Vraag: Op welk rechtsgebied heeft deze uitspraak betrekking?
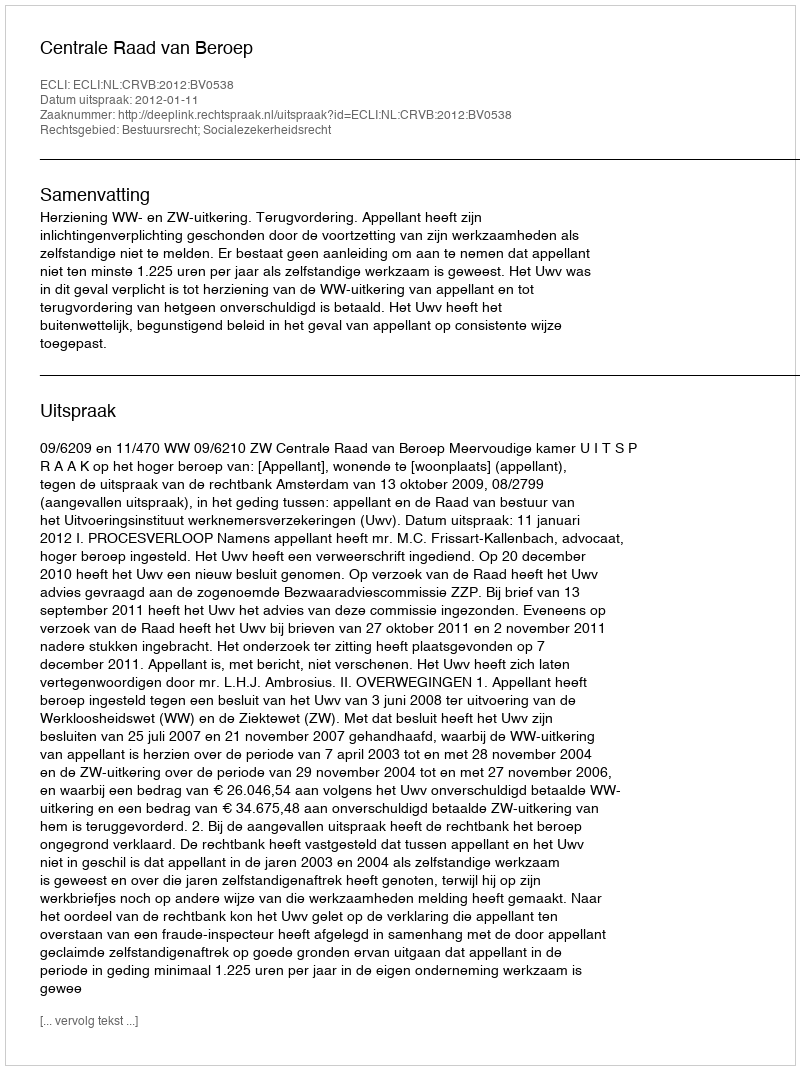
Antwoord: Bestuursrecht; Socialezekerheidsrecht